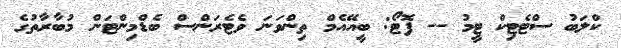
ކްލަބު ސްޓެޓިކް ޓީމު -- ފޮޓޯ: ބީއޭއެމް ތިންވަނަ ވެޓެރަންސް ބެޑްމިންޓަން މުބާރާތުގެ